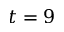
t = 9